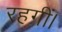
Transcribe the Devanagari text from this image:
रहगीं।